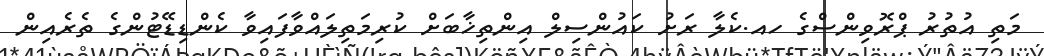
މަތި އުތުރު ޕްރޮވިންސްގެ ހއ.ކެލާ ރަށު ކައުންސިލް އިންތިޚާބަށް ކުރިމަތިލައްވާފައިވާ ކެންޑިޑޭޓުންގެ ތެރެއިން